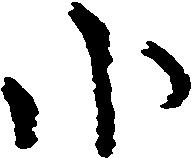
小